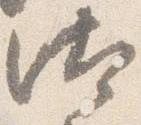
汰